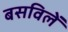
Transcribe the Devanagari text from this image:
बसविलें